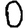
Digit: 0